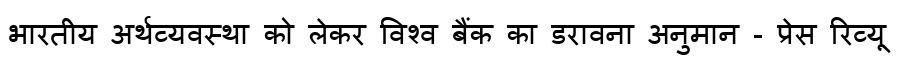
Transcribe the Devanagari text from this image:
भारतीय अर्थव्यवस्था को लेकर विश्व बैंक का डरावना अनुमान - प्रेस रिव्यू